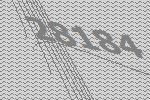
28184